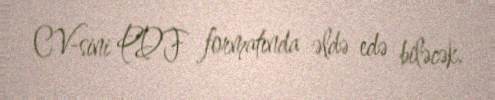
CV-sini PDF formatında əldə edə biləcək.